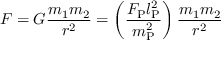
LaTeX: F = G { \frac { m _ { 1 } m _ { 2 } } { r ^ { 2 } } } = \left( { \frac { F _ { \mathrm { P } } l _ { \mathrm { P } } ^ { 2 } } { m _ { \mathrm { P } } ^ { 2 } } } \right) { \frac { m _ { 1 } m _ { 2 } } { r ^ { 2 } } }